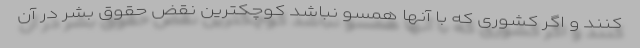
کنند و اگر کشوری که با آنها همسو نباشد کوچکترین نقض حقوق بشر در آن